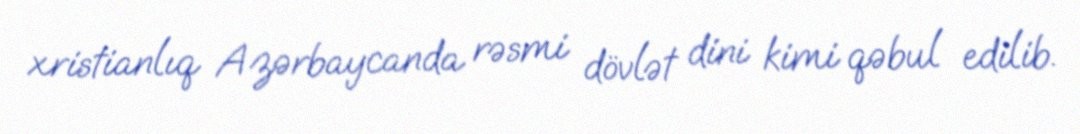
xristianlıq Azərbaycanda rəsmi dövlət dini kimi qəbul edilib.